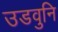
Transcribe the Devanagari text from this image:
उडवुनि